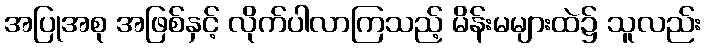
အပြုအစု အဖြစ်နှင့် လိုက်ပါလာကြသည့် မိန်းမများထဲ၌ သူလည်း